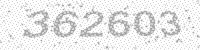
Solution: 362603